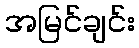
အမြင်ချင်း